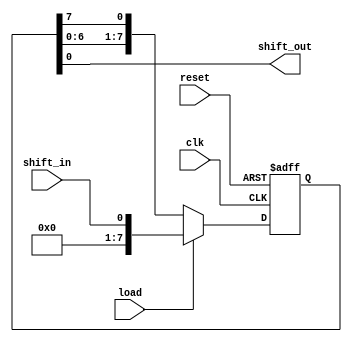
module shift_register(
    input wire clk,
    input wire reset,
    input wire load,
    input wire shift_in,
    output reg shift_out
);

reg [7:0] data_reg;

always @(posedge clk or posedge reset) begin
    if (reset) begin
        data_reg <= 8'b0;
    end else begin
        if (load) begin
            data_reg <= shift_in;
        end else begin
            data_reg <= {data_reg[6:0], data_reg[7]};
        end
    end
end

assign shift_out = data_reg[0];

endmodule